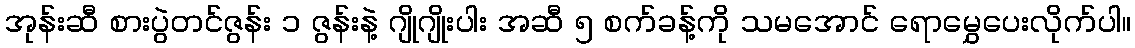
အုန်းဆီ စားပွဲတင်ဇွန်း ၁ ဇွန်းနဲ့ ဂျိုဂျိုးပါး အဆီ ၅ စက်ခန့်ကို သမအောင် ရောမွှေပေးလိုက်ပါ။